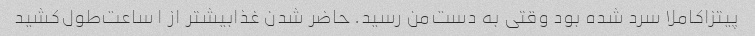
پیتزا‌کاملا سرد شده بود وقتی‌ به دست‌من رسید. حاضر شدن غذابیشتر از ۱ ساعت‌طول‌کشید